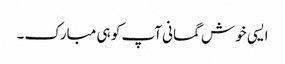
ایسی خوش گمانی آپ کو ہی مبارک۔